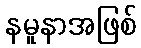
နမူနာအဖြစ်